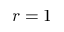
r = 1